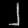
Digit: ၂